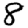
Digit: 8